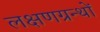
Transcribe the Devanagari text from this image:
लक्षणग्रन्थों